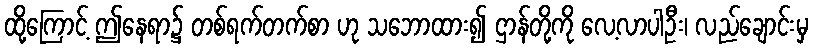
ထို့ကြောင့် ဤနေရာ၌ တစ်ရက်တက်စာ ဟု သဘောထား၍ ဌာန်တို့ကို လေ့လာပါဦး၊ လည်ချောင်းမှ